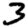
Digit: 3